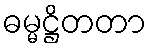
ဓမ္မဋ္ဌိတတာ